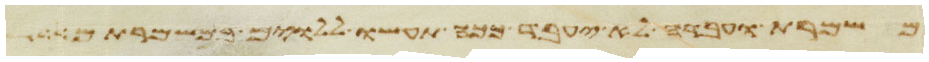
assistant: משמרת ועבדה לא יעבד ככה תעשו ללוים במשמרתם